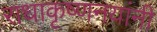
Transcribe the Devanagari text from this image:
राधाकृष्णनयांनी